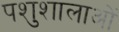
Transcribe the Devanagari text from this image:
पशुशालाओं